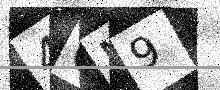
Text: 4QN9